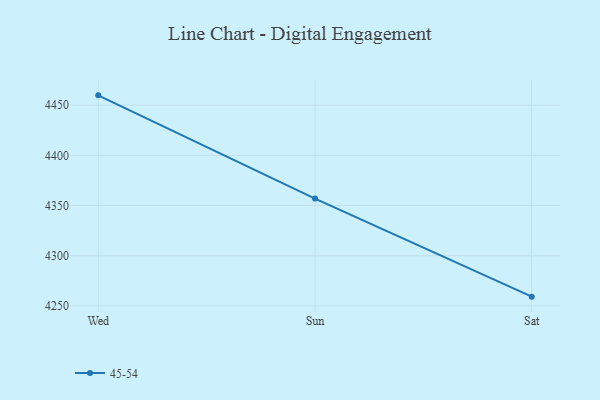
{"axis": {"x": "Day", "y": "Latency (ms)"}, "legend": ["45-54"], "data": [{"x": "Wed", "y": 4459.8, "type": "45-54"}, {"x": "Sun", "y": 4356.9, "type": "45-54"}, {"x": "Sat", "y": 4259.2, "type": "45-54"}]}